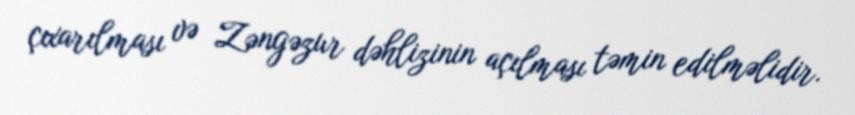
çıxarılması və Zəngəzur dəhlizinin açılması təmin edilməlidir.